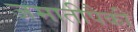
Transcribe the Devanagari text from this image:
जमातीपैकी